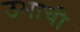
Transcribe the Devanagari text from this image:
उभाची